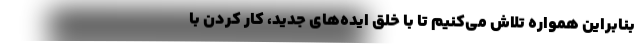
بنابراین همواره تلاش می‌کنیم تا با خلق ایده‌های جدید، کار کردن با